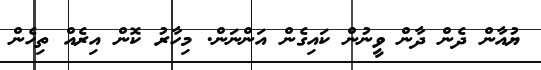
ޔުއާން ދެން ދާން ވީނުން ކައިގެން އަންނަން. މިހާރު ކޮން އިރެއް ތިހެން